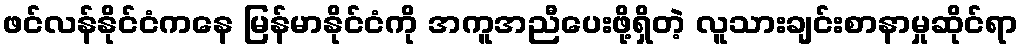
ဖင်လန်နိုင်ငံကနေ မြန်မာနိုင်ငံကို အကူအညီပေးဖို့ရှိတဲ့ လူသားချင်းစာနာမှုဆိုင်ရာ